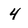
Character: 4